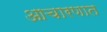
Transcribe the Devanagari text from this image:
आचारणात